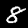
Digit: 8